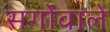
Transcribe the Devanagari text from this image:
सर्गोंवाले